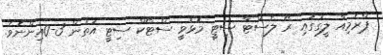
ޕްރެމިއާ ލީގުގައި ރޭ ލެސްޓާ ސިޓީ މޮޅުވީ ސްޓޯކް ސިޓީ އަތުން 3-0އިންނެވެ.